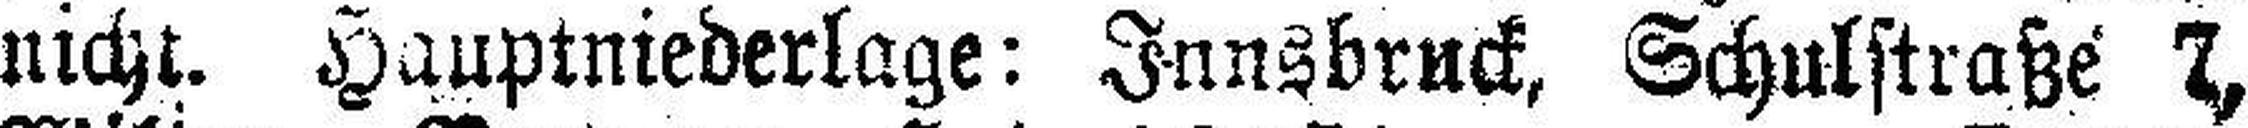
nicht. Hauptniederlage: Innsbruck, Schulstraße 7,